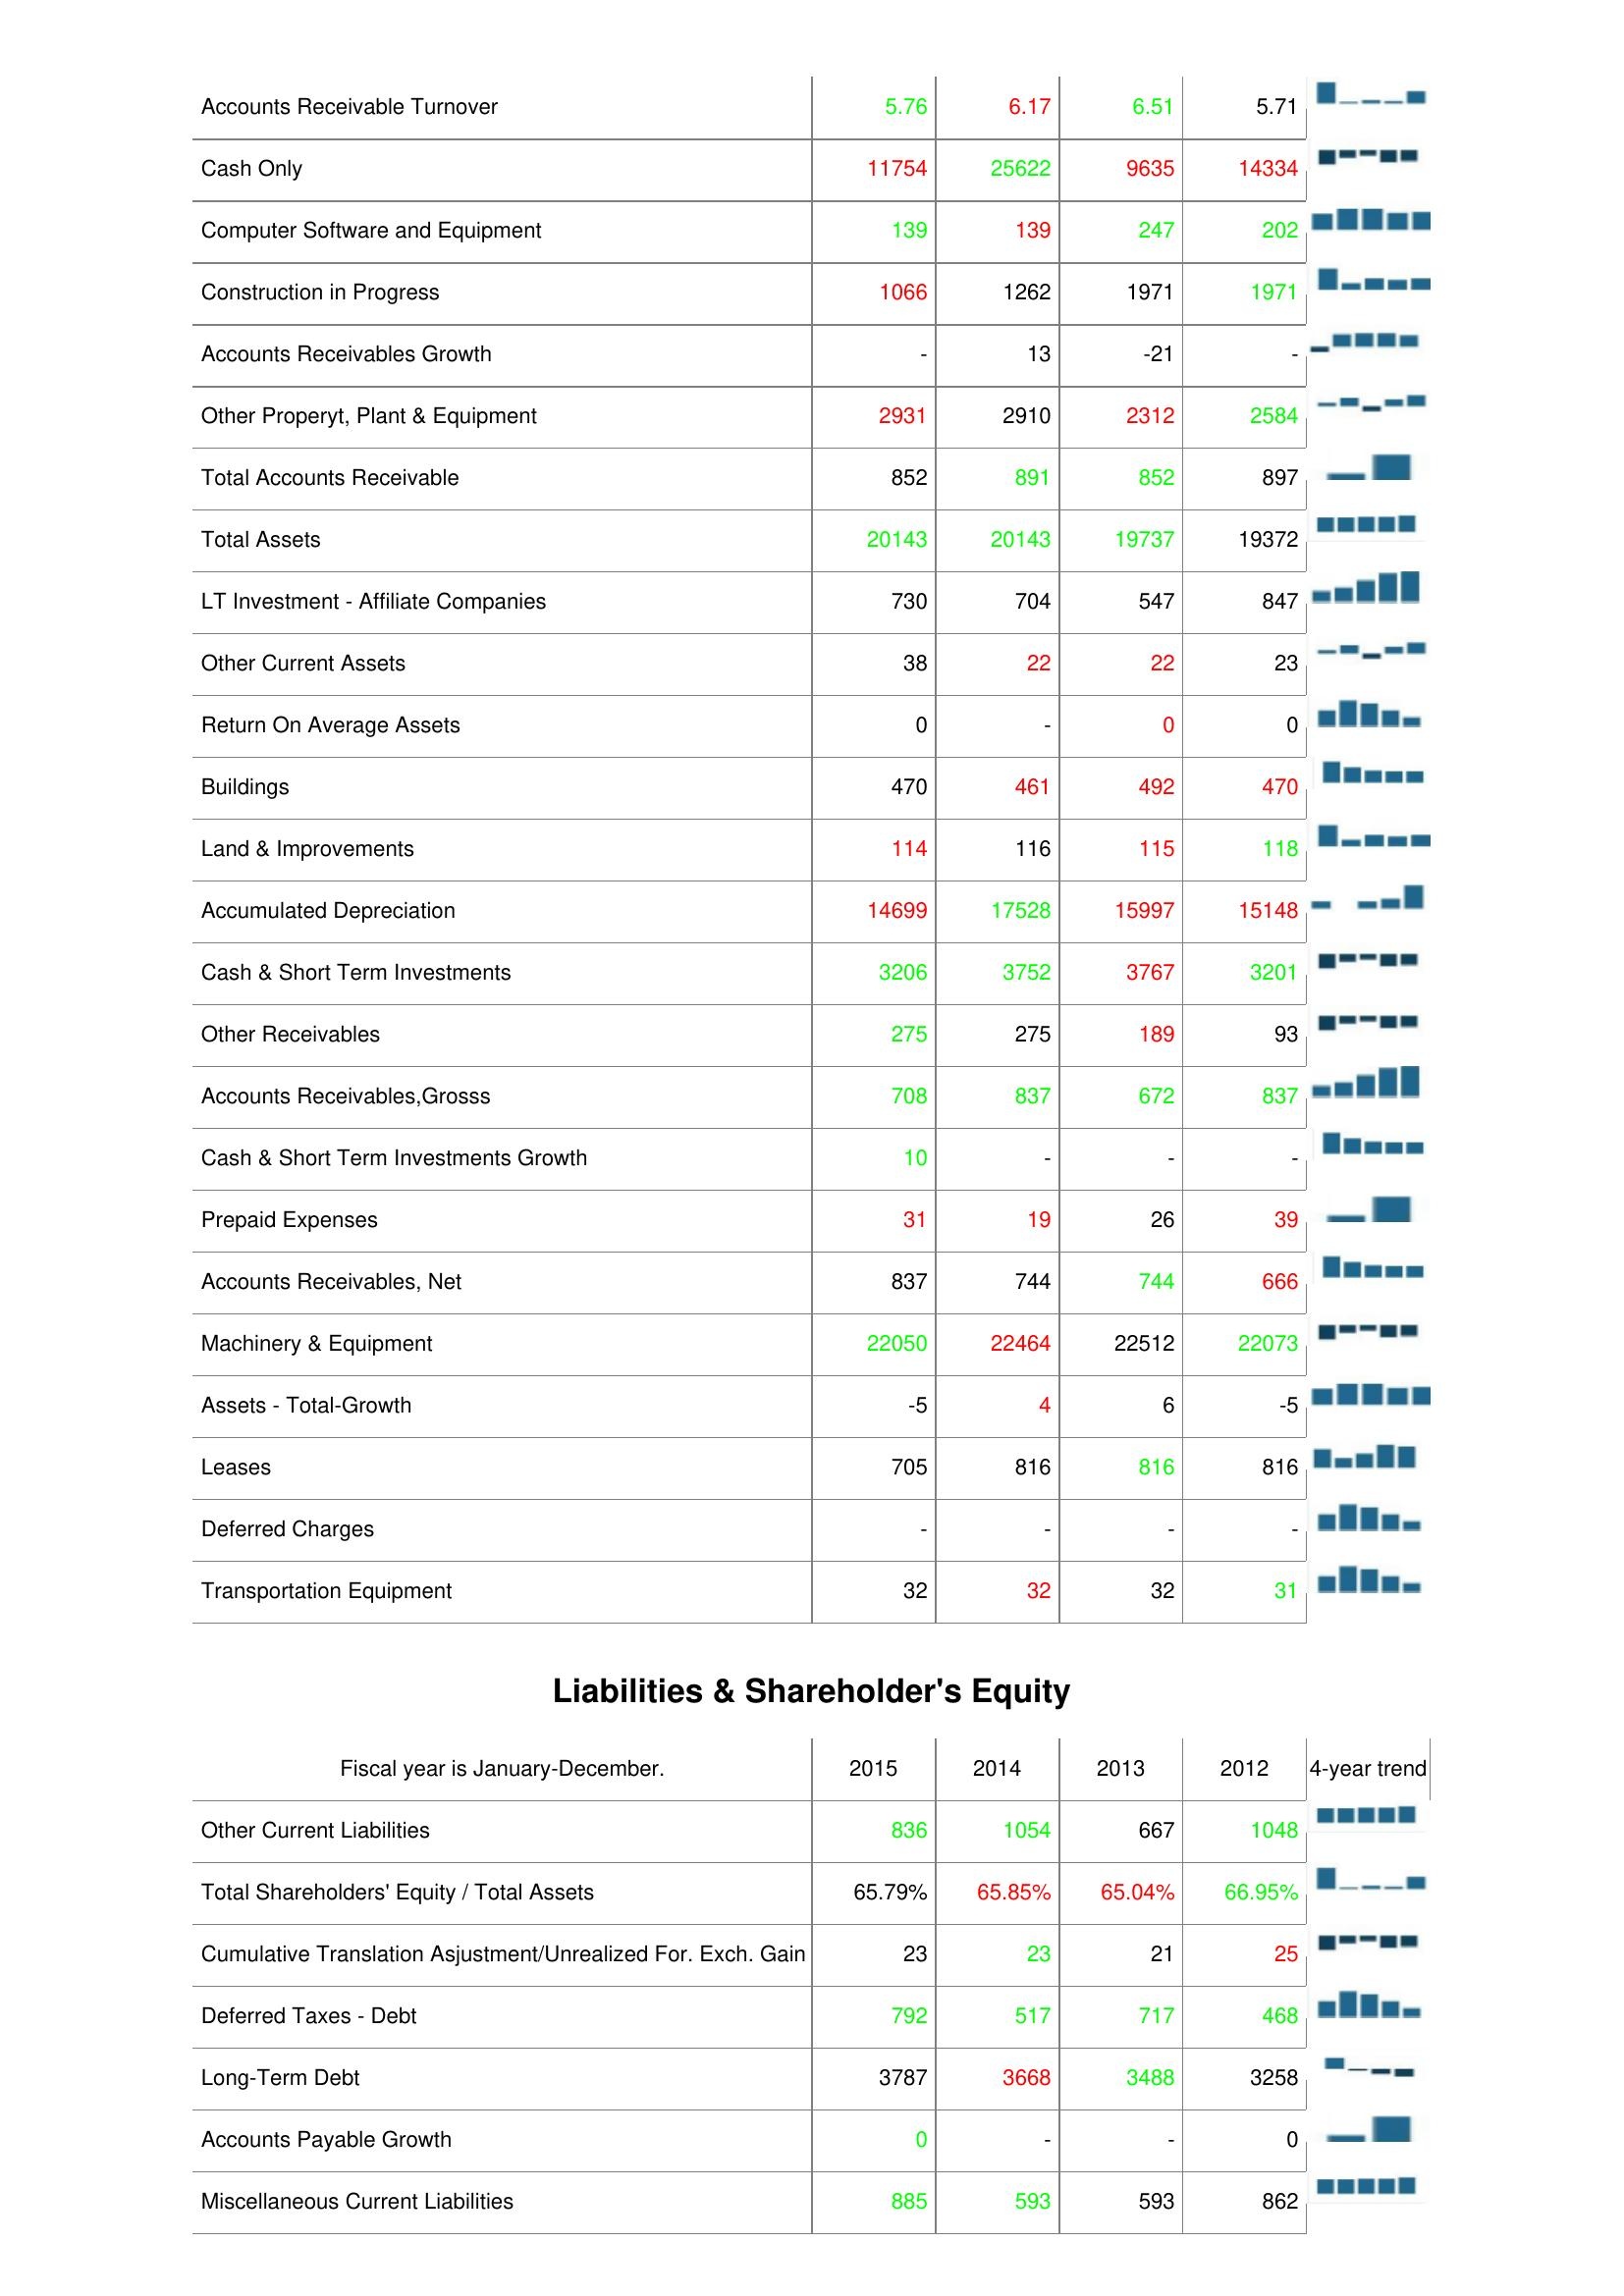
2015: Assets: Accounts Receivable Turnover: 5.76
Cash Only: 11754
Computer Software and Equipment: 139
Construction in Progress: 1066
Accounts Receivables Growth: -
Other Properyt, Plant & Equipment: 2931
Total Accounts Receivable: 852
Total Assets: 20143
LT Investment - Affiliate Companies: 730
Other Current Assets: 38
Return On Average Assets: 0
Buildings: 470
Land & Improvements: 114
Accumulated Depreciation: 14699
Cash & Short Term Investments: 3206
Other Receivables: 275
Accounts Receivables,Grosss: 708
Cash & Short Term Investments Growth: 10
Prepaid Expenses: 31
Accounts Receivables, Net: 837
Machinery & Equipment: 22050
Assets - Total-Growth: -5
Leases: 705
Deferred Charges: -
Transportation Equipment: 32
Liabilities & Shareholder's Equity: Other Current Liabilities: 836
Total Shareholders' Equity / Total Assets: 65.79%
Cumulative Translation Asjustment/Unrealized For. Exch. Gain: 23
Deferred Taxes - Debt: 792
Long-Term Debt: 3787
Accounts Payable Growth: 0
Miscellaneous Current Liabilities: 885
2014: Assets: Accounts Receivable Turnover: 6.17
Cash Only: 25622
Computer Software and Equipment: 139
Construction in Progress: 1262
Accounts Receivables Growth: 13
Other Properyt, Plant & Equipment: 2910
Total Accounts Receivable: 891
Total Assets: 20143
LT Investment - Affiliate Companies: 704
Other Current Assets: 22
Return On Average Assets: -
Buildings: 461
Land & Improvements: 116
Accumulated Depreciation: 17528
Cash & Short Term Investments: 3752
Other Receivables: 275
Accounts Receivables,Grosss: 837
Cash & Short Term Investments Growth: -
Prepaid Expenses: 19
Accounts Receivables, Net: 744
Machinery & Equipment: 22464
Assets - Total-Growth: 4
Leases: 816
Deferred Charges: -
Transportation Equipment: 32
Liabilities & Shareholder's Equity: Other Current Liabilities: 1054
Total Shareholders' Equity / Total Assets: 65.85%
Cumulative Translation Asjustment/Unrealized For. Exch. Gain: 23
Deferred Taxes - Debt: 517
Long-Term Debt: 3668
Accounts Payable Growth: -
Miscellaneous Current Liabilities: 593
2013: Assets: Accounts Receivable Turnover: 6.51
Cash Only: 9635
Computer Software and Equipment: 247
Construction in Progress: 1971
Accounts Receivables Growth: -21
Other Properyt, Plant & Equipment: 2312
Total Accounts Receivable: 852
Total Assets: 19737
LT Investment - Affiliate Companies: 547
Other Current Assets: 22
Return On Average Assets: 0
Buildings: 492
Land & Improvements: 115
Accumulated Depreciation: 15997
Cash & Short Term Investments: 3767
Other Receivables: 189
Accounts Receivables,Grosss: 672
Cash & Short Term Investments Growth: -
Prepaid Expenses: 26
Accounts Receivables, Net: 744
Machinery & Equipment: 22512
Assets - Total-Growth: 6
Leases: 816
Deferred Charges: -
Transportation Equipment: 32
Liabilities & Shareholder's Equity: Other Current Liabilities: 667
Total Shareholders' Equity / Total Assets: 65.04%
Cumulative Translation Asjustment/Unrealized For. Exch. Gain: 21
Deferred Taxes - Debt: 717
Long-Term Debt: 3488
Accounts Payable Growth: -
Miscellaneous Current Liabilities: 593
2012: Assets: Accounts Receivable Turnover: 5.71
Cash Only: 14334
Computer Software and Equipment: 202
Construction in Progress: 1971
Accounts Receivables Growth: -
Other Properyt, Plant & Equipment: 2584
Total Accounts Receivable: 897
Total Assets: 19372
LT Investment - Affiliate Companies: 847
Other Current Assets: 23
Return On Average Assets: 0
Buildings: 470
Land & Improvements: 118
Accumulated Depreciation: 15148
Cash & Short Term Investments: 3201
Other Receivables: 93
Accounts Receivables,Grosss: 837
Cash & Short Term Investments Growth: -
Prepaid Expenses: 39
Accounts Receivables, Net: 666
Machinery & Equipment: 22073
Assets - Total-Growth: -5
Leases: 816
Deferred Charges: -
Transportation Equipment: 31
Liabilities & Shareholder's Equity: Other Current Liabilities: 1048
Total Shareholders' Equity / Total Assets: 66.95%
Cumulative Translation Asjustment/Unrealized For. Exch. Gain: 25
Deferred Taxes - Debt: 468
Long-Term Debt: 3258
Accounts Payable Growth: 0
Miscellaneous Current Liabilities: 862